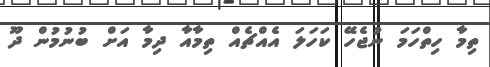
ތިމާ ހިތްހަމަ ނުޖެހޭ ކަހަލަ އެއްޗެއް ތިމާއާ ދިމާ އަށް ބުނުމުން ދޫ